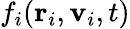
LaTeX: f_{i}(\mathbf{r}_{i},\mathbf{v}_{i},t)